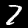
Label: 7